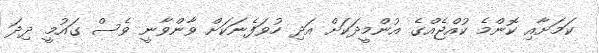
ކަމަށާއި ކޮންމެ ކުއްޖެއްގެ އުންމީދަކަށް އަދި ހުވަފެނަކަށް ވާންވާނީ ވެސް ގައުމީ ދިދަ